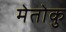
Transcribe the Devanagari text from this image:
मेतोकु